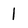
Character: 1